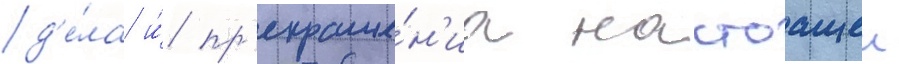
д'е́ла и́ пр'екраще́н'иа настоащеи